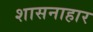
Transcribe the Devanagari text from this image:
शासनाहार